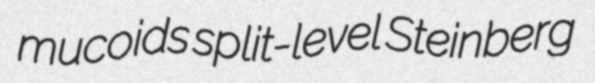
mucoids split-level Steinberg